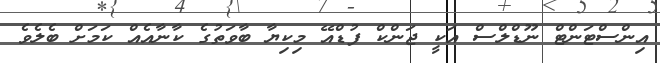
އިންސްޓަންޓް ނޫޑްލްސް އަކީ ޖަންކް ފުޑްއޭ މިކިޔާ ބާވަތުގެ ކާނާއެއް ކަމަށް ބެލެވެ